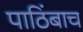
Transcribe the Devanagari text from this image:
पाठिंबाच